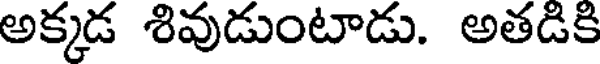
అక్కడ శివుడుంటాడు. అతడికి